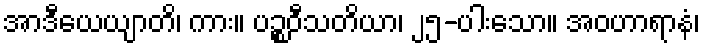
အာဒီယေယျာတိ၊ ကား။ ပဉ္စဝီသတိယာ၊ ၂၅-ပါးသော။ အဝဟာရာနံ၊